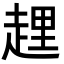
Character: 𧻲